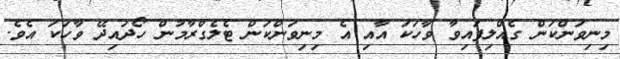
މިނިވަންކަން ގެއްލިފައިވާ ވާހަކަ އާއި އެ މިނިވަންކަން ޓެލެގްރާމުން ހޯދައިދޭ ވާހަކަ އެވެ.